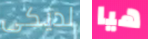
لديكى هيا